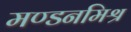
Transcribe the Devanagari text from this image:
मण्डनमिश्र